Distribution and causation of leprosy in British India
Year: 1875
Disease focus: Leprosy
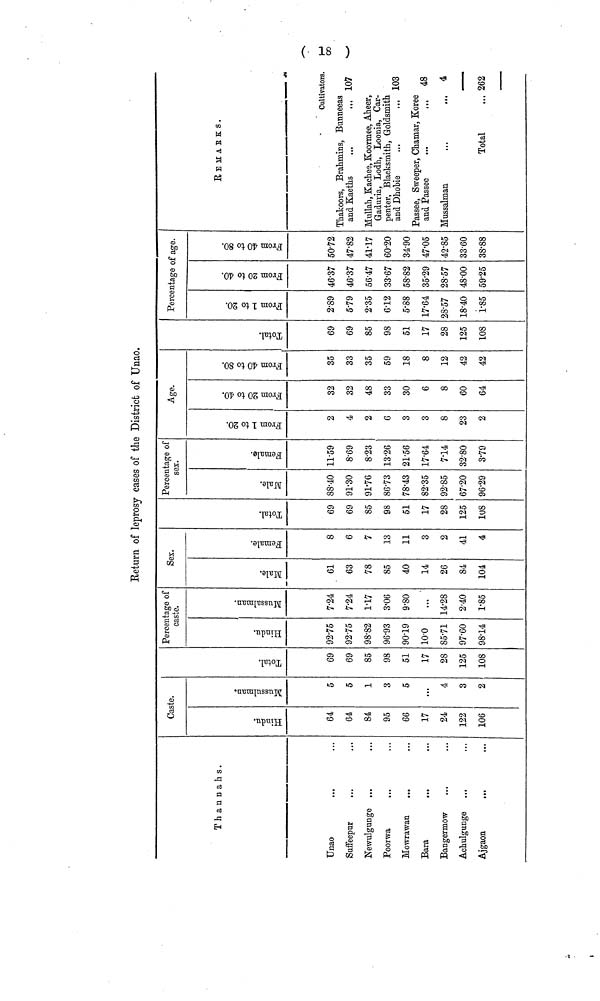
Return of leprosy cases of the District of Unao.
Thannahs.
Unao
Suffeepur
Newulgunge ,,.
Poorwa
,,.
Mowrawan
...
Bara
Bangermow
Achulgunge
Ajgaon
Caste.
64
64
84
95
66
17
24
122
106
5
5
1
3
5
...
4
3
2
69
69
85
98
51
17
28
125
108
Percentage of
caste.
92.75
92.75
98.82
96.93
90.19
10.0
85.71
97.60
98.14
7.24
7.24
1.17
3.06
9.80
...
14.28
2.40
1.85
Sex.
61
63
78
85
40
14
26
84
104
8
6
7
13
11
3
2
41
4
69
69
85
98
51
17
28
125
108
Percentage of
sex.
88.40
91.30
91.76
86.73
78.43
82.35
92.85
67.20
96.29
11.59
8.69
8.23
13.26
21.56
17.64
7.14
32.80
3.79
Age.
2
4
2
6
3
3
8
23
2
32
32
48
33
30
6
8
60
64
35
33
35
59
18
8
12
42
42
69
69
85
98
51
17
28
125
108
Percentage of age.
2.89
5.79
2.35
6.12
5.88
17.64
28.57
18.40
1.85
46.37
46.37
56.47
33.67
58.82
35.29
28.57
48.00
59.25
50.72
47.82
41.17
60.20
34.90
47.05
42.85
33.60
38.88
R E M A R K S.
Cultivators.
Thakoors, Brahmins, Bunneeas
and Kaeths
...
... 107
Mullah, Kachee, Koormee, Aheer,
Gaduria, Lodh, Loonia, Car-
penter, Blacksmith, Goldsmith
and Dhobie
...
... 103
Passee, Sweeper, Chamar, Koree
and Passee
...
... 48
Mussalman
...
.
4
Total
... 262
(18)